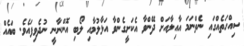
ސިއްހަތެއްގައި ނެތްނަމަ އާއިލާއަށް ދޭންވާ އެކަށީގެންވާ އަޅާލުމާއި ލޯބި އޮންނާނީ ނުދެވިފައެވެ. ބައެއް